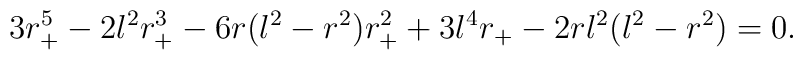
3r_{+}^5-2l^2r_{+}^3-6r(l^2-r^2)r_{+}^2+3l^4r_{+}-2rl^2(l^2-r^2)=0.